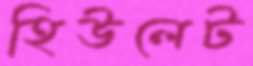
হিউলেট